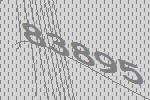
83895